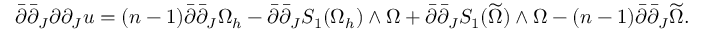
\bar { \partial } \bar { \partial } _ { J } \partial \partial _ { J } u = ( n - 1 ) \bar { \partial } \bar { \partial } _ { J } \Omega _ { h } - \bar { \partial } \bar { \partial } _ { J } S _ { 1 } ( \Omega _ { h } ) \wedge \Omega + \bar { \partial } \bar { \partial } _ { J } S _ { 1 } ( \widetilde { \Omega } ) \wedge \Omega - ( n - 1 ) \bar { \partial } \bar { \partial } _ { J } \widetilde { \Omega } .